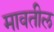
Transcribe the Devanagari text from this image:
मावतील